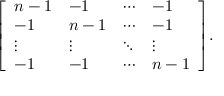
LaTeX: { \left[ \begin{array} { l l l l } { n - 1 } & { - 1 } & { \cdots } & { - 1 } \\ { - 1 } & { n - 1 } & { \cdots } & { - 1 } \\ { \vdots } & { \vdots } & { \ddots } & { \vdots } \\ { - 1 } & { - 1 } & { \cdots } & { n - 1 } \end{array} \right] } .